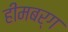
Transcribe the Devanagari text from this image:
हीमबर्ग